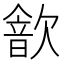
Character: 𣤗